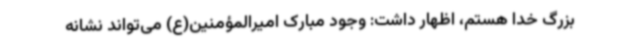
بزرگ خدا هستم، اظهار داشت: وجود مبارک امیرالمؤمنین(ع) می‌تواند نشانه